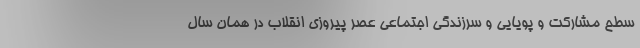
سطح مشارکت و پویایی و سرزندگی اجتماعی عصر پیروزی انقلاب در همان سال